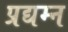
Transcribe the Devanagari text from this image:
प्रद्यम्न